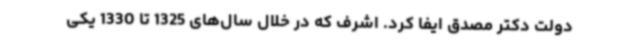
دولت دکتر مصدق ایفا کرد. اشرف که در خلال سال‌های 1325 تا 1330 یکی